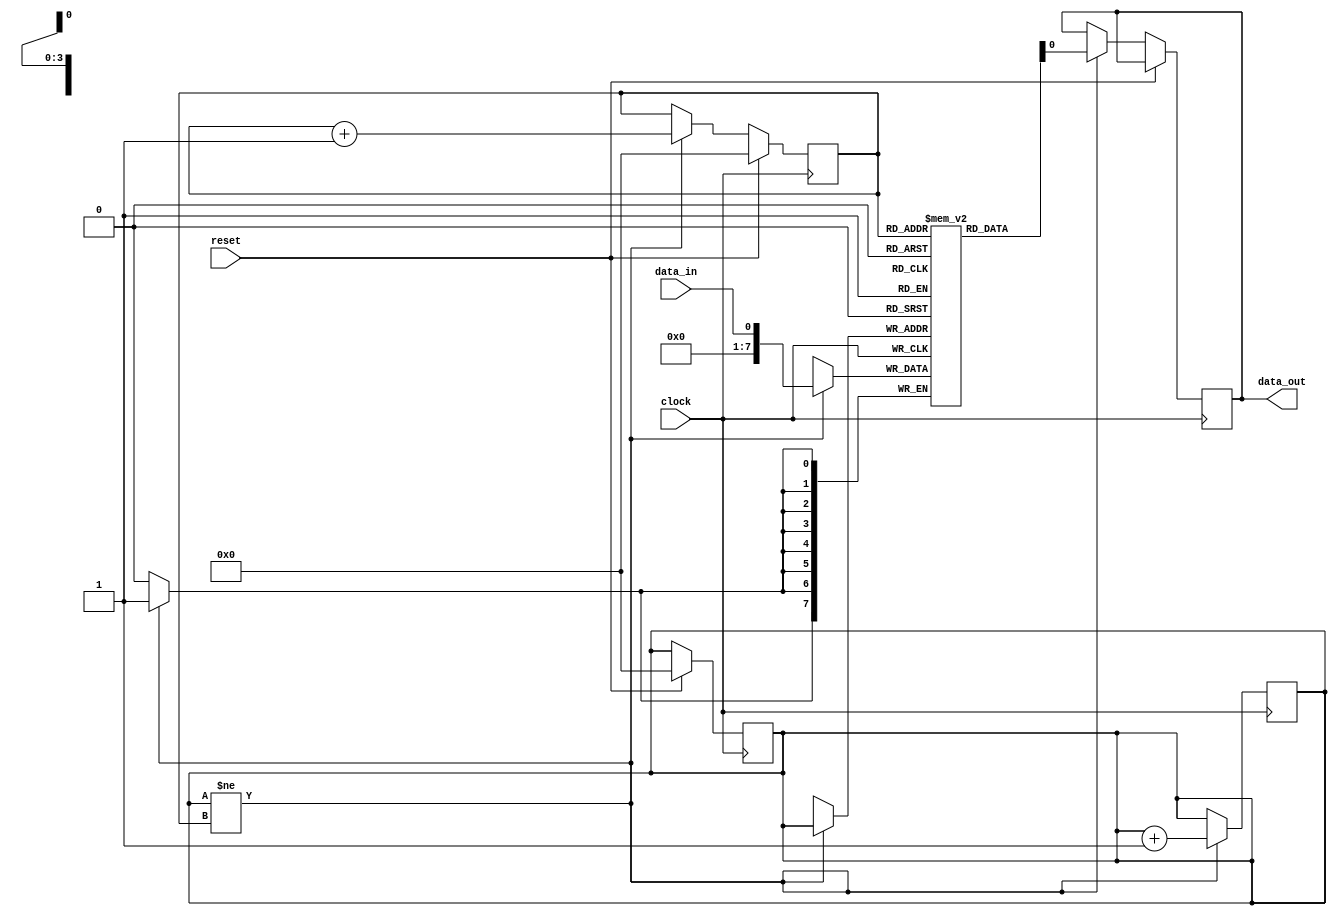
module edge_sensitive_fifo_buffer (
    input wire clock,
    input wire reset,
    input wire data_in,
    output reg data_out
);

// FIFO buffer
reg [7:0] fifo [0:15]; // 16 deep FIFO buffer
reg [3:0] head, tail; // FIFO buffer pointers

always @(posedge clock) begin
    if (reset) begin
        head <= 0;
        tail <= 0;
    end else begin
        if (head != tail) begin
            data_out <= fifo[tail];
            tail <= tail + 1;
        end
    end
end

always @(posedge clock) begin
    if (head != tail) begin
        fifo[head] <= data_in;
        head <= head + 1;
    end
end

endmodule